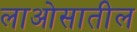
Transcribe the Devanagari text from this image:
लाओसातील